Medical and sanitary report of the native army of Bengal for the year
Year: 1875
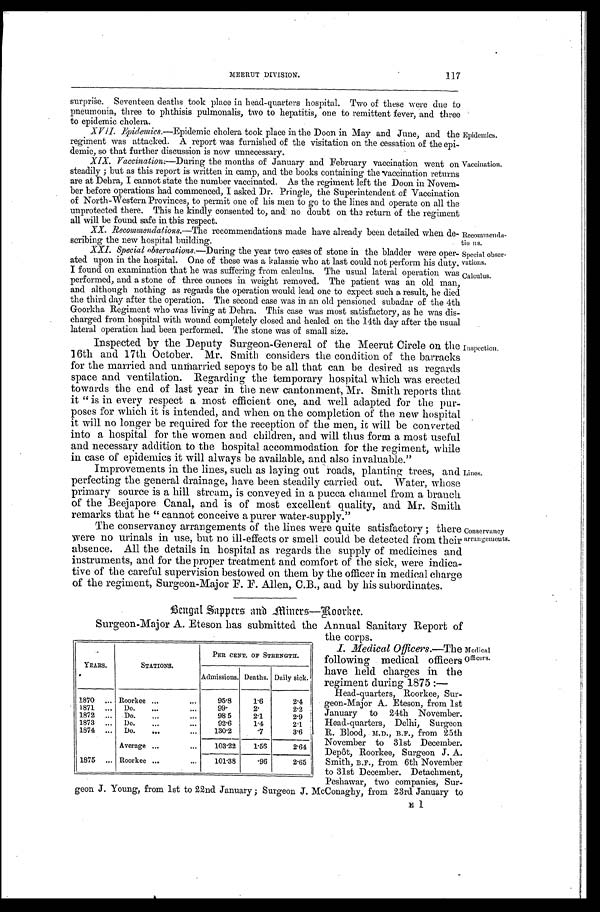
M E E R U T D I V I S I O N .
117
Special obser-
vations.
Calculus.
I. Medical Officers.—The
following medical officers
have held charges in the
regiment during 1875 :—
Medical
officers.
surprise. Seventeen deaths took place in head-quarters hospital. Two of these were due to
pneumonia, three to phthisis pulmonalis, two to hepatitis, one to remittent fever, and three
to epidemic cholera.
XVII. Epidemics.—Epidemic cholera took place in the Doon in May and June, and the
regiment was attacked. A report was furnished of the visitation on the cessation of the epi
-demic, so that further discussion is now unnecessary.
Epidemics.
Vaccination.
Recommenda
-tins.
XIX. Vaccination:— During the months of January and February vaccination went on
steadily; but as this report is written in camp, and the books containing the vaccination returns
are at Dehra, I cannot state the number vaccinated. As the regiment left the Doon in Novem--
ber before operations had commenced, I asked Dr. Pringle, the Superintendent of Vaccination
of North-Western Provinces, to permit one of his men to go to the lines and operate on all the
unprotected there. This he kindly consented to, and no doubt on the return of the regiment
all will be found safe in this respect.
XX. Recommendations.—The recommendations made have already been detailed when de
-scribing the new hospital building.
XXI. Special observations.—During the year two cases of stone in the bladder were oper
-ated upon in the hospital. One of these was a kalassie who at last could not perform his duty.
I found on examination that be was suffering from calculus. The usual lateral operation was
performed, and a stone of three ounces in weight removed. The patient was an old man,
and although nothing as regards the operation would lead one to expect such a result, he died
the third day after the operation. The second case was in an old pensioned subadar of the 4th
Goorkha Regiment who was living at Dehra. This case was most satisfactory, as he was dis
-charged from hospital with wound completely closed and healed on the 14th day after the usual
lateral operation had been performed. The stone was of small size.
Inspected by the Deputy Surgeon-General of the Meerut Circle on the
16th and 17th October. Mr. Smith considers the condition of the barracks
for the married and unmarried sepoys to be all that can be desired as regards
space and ventilation. Regarding the temporary hospital which was erected
towards the end of last year in the new cantonment, Mr. Smith reports that
it "is in every respect a most efficient one, and well adapted for the pur
-poses for which it is intended, and when on the completion of the new hospital
it will no longer be required for the reception of the men, it will be converted
into a hospital for the women and children, and will thus form a most useful
and necessary addition to the hospital accommodation for the regiment, while
in case of epidemics it will always be available, and also invaluable."
I m p r o v e m e n t s i n t h e l i n e s , s u c h a s l a y i n g o u t r o a d s , p l a n t i n g t r e e s , a n d
perfecting the general drainage, have been steadily carried out. Water, whose
primary source is a hill stream, is conveyed in a pucca channel from a branch
of the Beejapore Canal, and is of most excellent quality, and Mr. Smith
remarks that he " cannot conceive a purer water-supply."
Inspection.
Lines.
The conservancy arrangements of the lines were quite satisfactory; there
were no urinals in use, but no ill-effects or smell could be detected from their
absence. All the details in hospital as regards the supply of medicines and
instruments, and for the proper treatment and comfort of the sick, were indica-
tive of the careful supervision bestowed on them by the officer in medical charge
of the regiment, Surgeon-Major F. F. Allen, C.B., and by his subordinates.
Bengal Sappers and and Miners—Roorkee.
Conservancy
arrangements.
Surgeon-Major A. Eteson has submitted the Annual Sanitary Report of
the corps.
YEARS.
STATIONS.
PER CENT, OF STRENGTH.
Admissions. Deaths. Daily sick.
1870 . . . Roorkee . . .
95.8
1.6
2.4
1871 . . . Do. . . .
99.
2.
2.2
1872 . . . Do. . . .
98.5
2.1
2.9
1873 . . . Do. . . .
92.6
1.4
2.1
1874 . . . Do. . . . 130.2
. 7 3.6
Average . . .
103.22
1.56
2.64
1875 . . . Roorkee . . .
101.38
.96
2.65
Head-quarters, Roorkee, Sur-
geon-Major A. Eteson, from 1st
January to 24th November.
Head-quarters, Delhi, Surgeon
R. Blood, M.D., B.F., from 25th
November to 31st December.
Depôt, Roorkee, Surgeon J. A.
Smith, B.F., from 6th November
to 31st December. Detachment,
Peshawar, two companies, Sur-
eon J. Young, from 1st to 22nd January ; Surgeon J. McConaghy, from 23rd January to
E 1